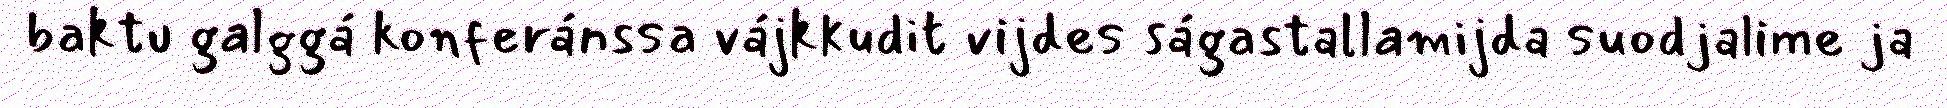
baktu galggá konferánssa vájkkudit vijdes ságastallamijda suodjalime ja